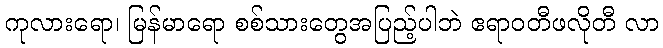
ကုလားရော၊ မြန်မာရော စစ်သားတွေအပြည့်ပါဘဲ ဧရာဝတီဖလိုတီ လာ